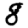
Digit: 8